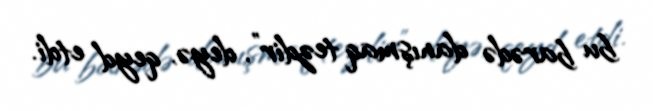
bu barədə danışmaq tezdir”, deyə, qeyd etdi.